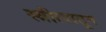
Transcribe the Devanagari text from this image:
स्त्रीत्वातून